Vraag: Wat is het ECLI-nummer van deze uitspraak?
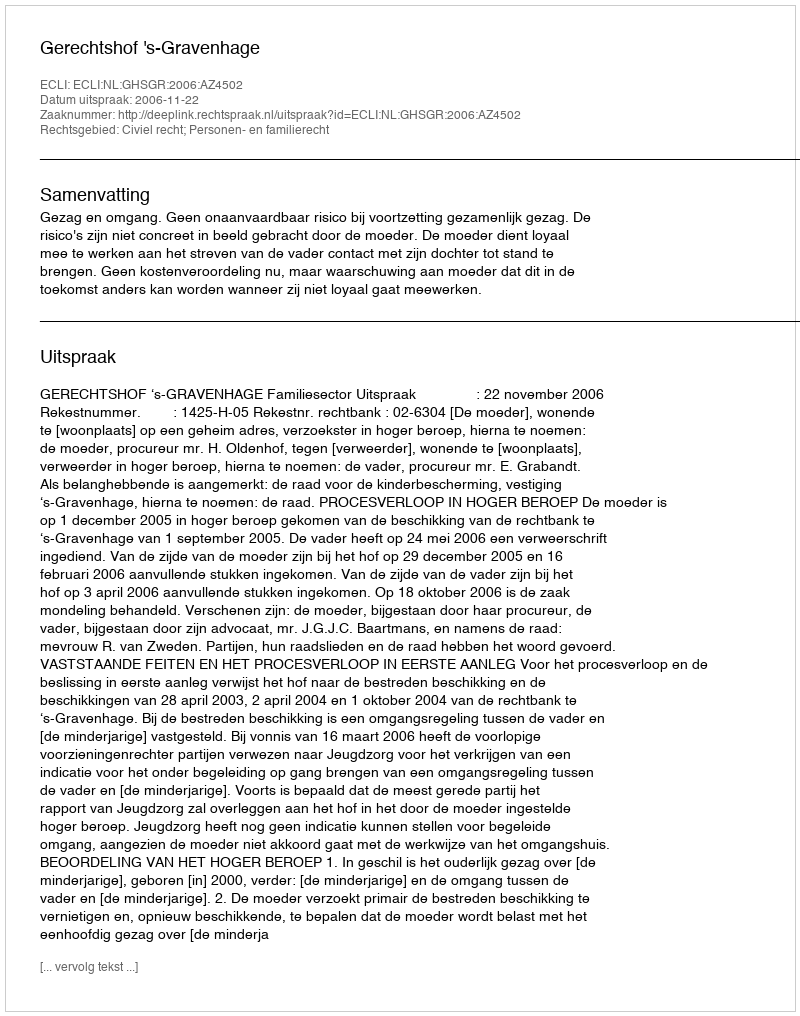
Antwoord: ECLI:NL:GHSGR:2006:AZ4502